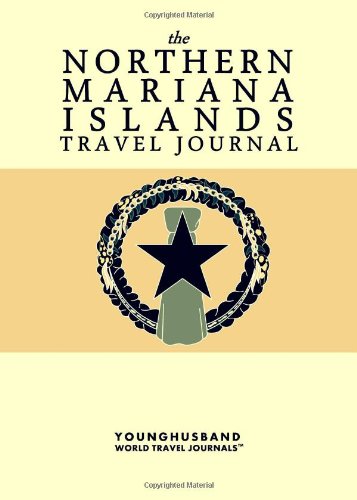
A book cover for The Northern Mariana Islands Travel Journal; Younghusband World Travel Journals; Travel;